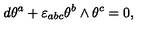
d \theta ^ { a } + \varepsilon _ { a b c } \theta ^ { b } \wedge \theta ^ { c } = 0 ,